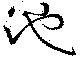
池